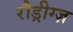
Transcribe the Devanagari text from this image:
रौड्रीग्ज़